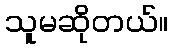
သူမဆိုတယ်။